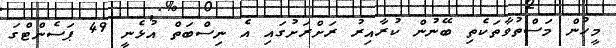
މީހުން މަސްތުވާތަކެތި ބޭނުން ކުރާއިރު ރަށްރަށުގައި އެ ނިސްބަތް އުޅެނީ 49 ޕަސެންޓްގަ